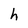
Character: h